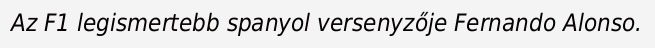
Az F1 legismertebb spanyol versenyzője Fernando Alonso.